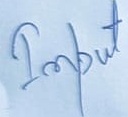
Text: Input